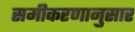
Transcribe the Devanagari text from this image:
समीकरणानुसार